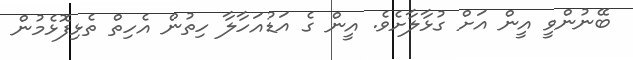
ބޭނުންވީ އީން އަށް ގުޅާލާށެވެ. އީން ގެ އަޑުއަހާލާ ހިތުން އެހިތް ތެޅިފޮޅެމުން